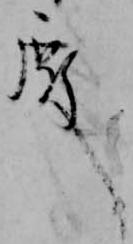
殿